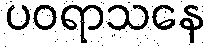
ပဝရာသနေ